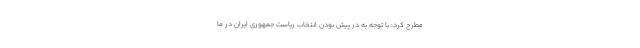
مطرح کرد: با توجه به در پیش بودن انتخاب ریاست جمهوری ایران در ما